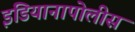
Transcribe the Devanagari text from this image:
इंडियानापोलीस